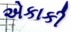
એકાકી